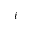
i